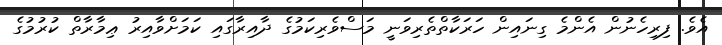
އެވެ. ފިރިހެނުން އެންމެ ގިނައިން ހަރަކާތްތެރިވަނީ މަސްވެރިކަމުގެ ދާއިރާގައި ކަމަށްވާއިރު ޢިމާރާތް ކުރުމުގެ